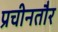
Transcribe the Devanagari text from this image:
प्रचीनतौर